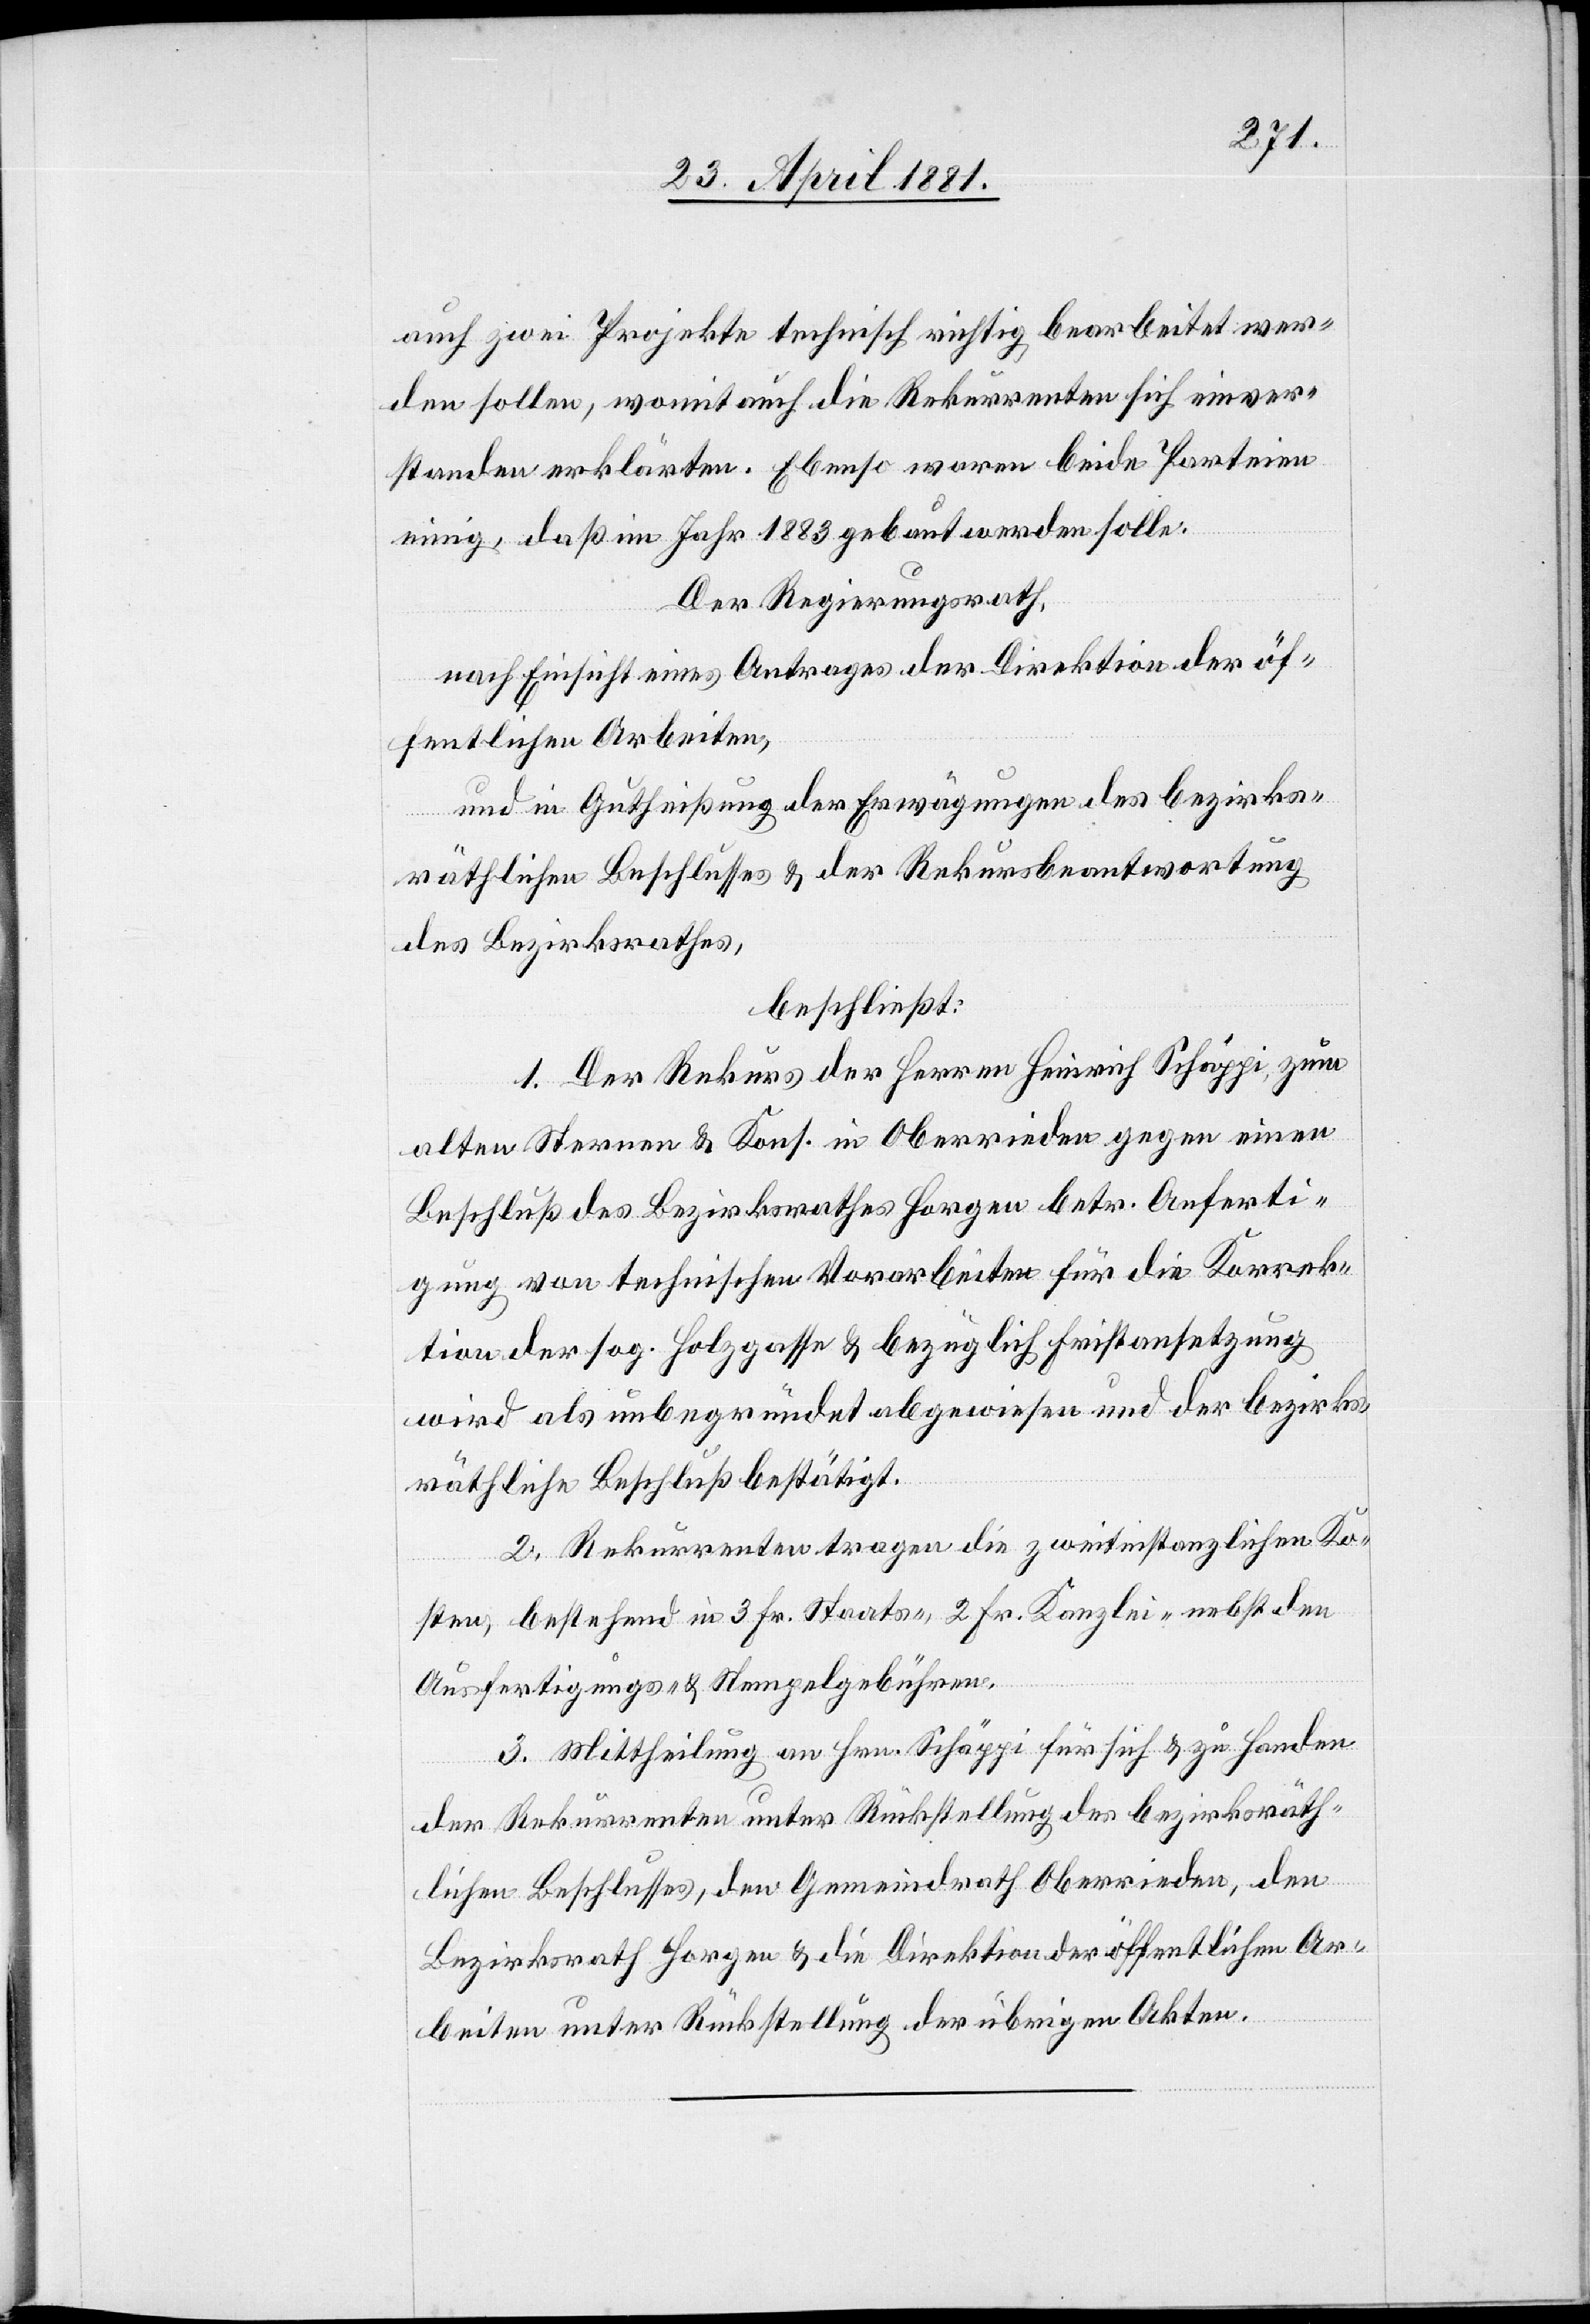
auch zwei Projekte technisch richtig bearbeitet wer¬
den sollen, womit auch die Rekurrenten sich einver¬
standen erklärten. Ebenso waren beide Parteien
einig, daß im Jahr 1883 gebaut werden solle.
Der Regierungsrath,
nach Einsicht eines Antrages der Direktion öf¬
fentlichen Arbeiten,
und in Gutheißung der Erwägungen des bezirks¬
räthlichen Beschlusses & der Rekursbeantwortung
des Bezirksrathes,
beschließt:
1. Der Rekurs der Herren Heinrich Schäppi, zum
alten Sternen & Kons. in Oberrieden gegen einen
Beschluß des Bezirksrathes Horgen betr. Anferti¬
gung von technischen Vorarbeiten für die Korrek¬
tion der sog. Holzgasse & bezüglich Fristansetzung
wird als unbegründet abgewiesen und der bezirks¬
räthliche Beschluß bestätigt.
2. Rekurrenten tragen die zweitinstanzlichen Ko¬
sten, bestehend in 3 Fr. Staats-, 2 Fr. Kanzlei- nebst den
Ausfertigungs- & Stempelgebühren.
3. Mittheilung an Hrn. Schäppi für sich & zu Handen
der Rekurrenten unter Rückstellung des bezirksräth¬
lichen Beschlusses, den Gemeindrath Oberrieden, den
Bezirksrath Horgen & die Direktion öffentlichen Ar¬
beiten unter Rückstellung der übrigen Akten.